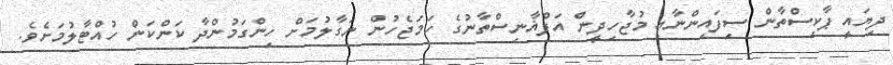
ދިޔައީ ޕާކިސްތާން ސިފައިންނާއި މުޖާހިދީން އަފްޣާނިސްތާނުގެ ހަމަޖެހުން ނަގާލުމަށް ހިންގަމުންދާ ކަންކަން ހުއްޓާލުމަށެވެ.